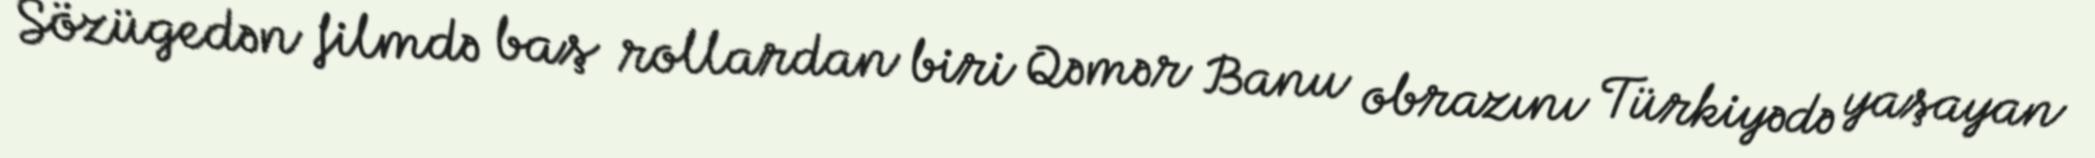
Sözügedən filmdə baş rollardan biri Qəmər Banu obrazını Türkiyədə yaşayan